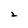
Character: 2